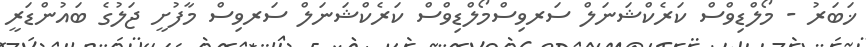
ޚަބަރު - މޯލްޑިވްސް ކަރެކްޝަނަލް ސަރވިސްމޯލްޑިވްސް ކަރެކްޝަނަލް ސަރވިސް މާފުށީ ޖަލުގެ ބައުންޑަރީ